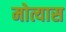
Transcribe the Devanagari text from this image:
मोत्यास